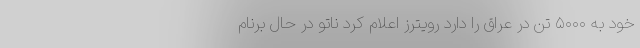
خود به ۵۰۰۰ تن در عراق را دارد رویترز اعلام کرد ناتو در حال برنام